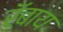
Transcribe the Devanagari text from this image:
रॅबाय